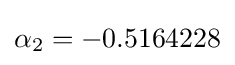
\alpha _{2}=-0.5164228